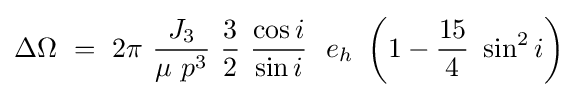
\Delta \Omega \ =\ 2\pi \ {\frac {J_{3}}{\mu \ p^{3}}}\ {\frac {3}{2}}\ {\frac {\cos i}{\sin i}}\ \ e_{h}\ \left(1-{\frac {15}{4}}\ \sin ^{2}i\right)